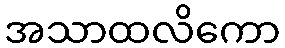
အသာထလိကော